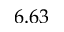
6 . 6 3